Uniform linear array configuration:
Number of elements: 48
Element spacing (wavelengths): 1
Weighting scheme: blackman
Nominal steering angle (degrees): -15
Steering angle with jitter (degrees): -14.989
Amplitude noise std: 0.05
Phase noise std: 0.05

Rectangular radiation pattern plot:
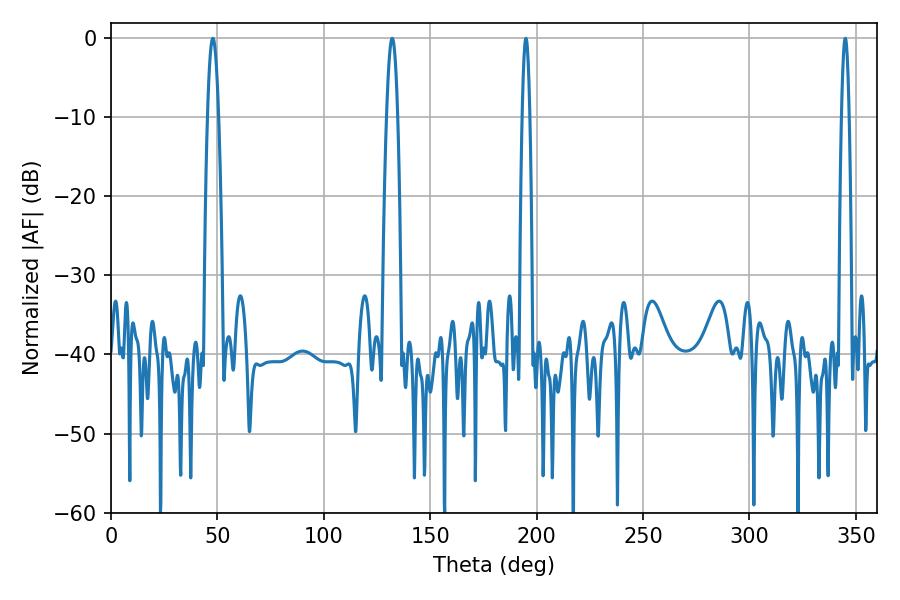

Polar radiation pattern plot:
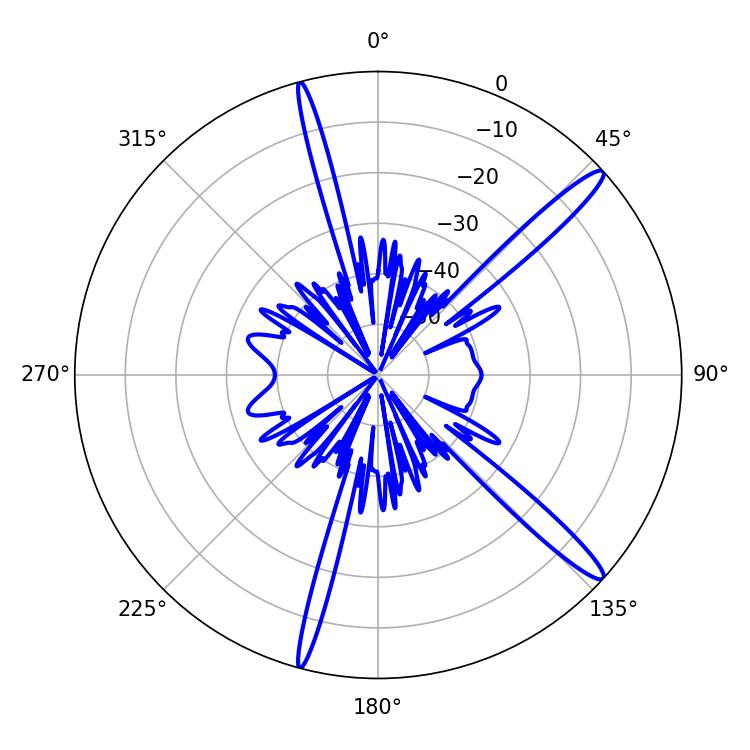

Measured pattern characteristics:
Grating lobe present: TRUE
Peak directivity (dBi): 15.129
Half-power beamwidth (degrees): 2.88
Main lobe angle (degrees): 47.88